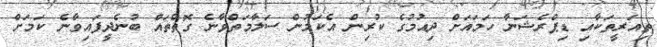
ތިއަރީތަކާއި ޑިޕްރެޝަނާ ހަމައަށް ދިއުމުގެ ކުރިން އެކަމުން ސަލާމަތްވާނެ ގޮތްތައް ބުނެދީފައިވާނެ ކަމަށް